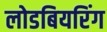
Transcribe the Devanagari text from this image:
लोडबियरिंग